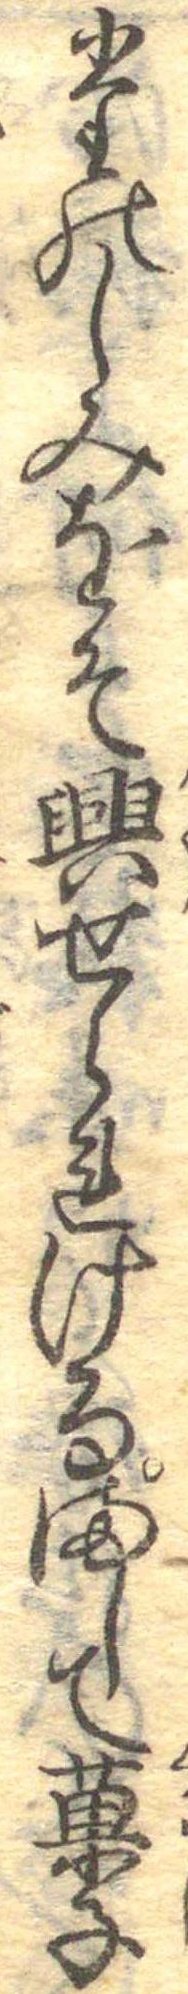
たのしみをそ興せられけるまして菓子